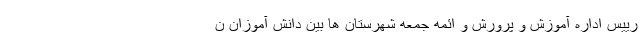
رییس اداره آموزش و پرورش و ائمه جمعه شهرستان ها بین دانش آموزان ن